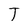
Character: T